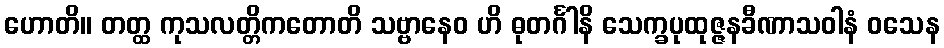
ဟောတိ။ တတ္ထ ကုသလတ္တိကတောတိ သဗ္ဗာနေဝ ဟိ ဓုတင်္ဂါနိ သေက္ခပုထုဇ္ဇနခီဏာသဝါနံ ဝသေန